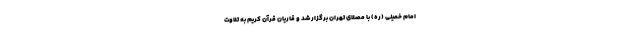
امام خمینی (ره) با مصلای تهران برگزار شد و قاریان قرآن کریم به تلاوت